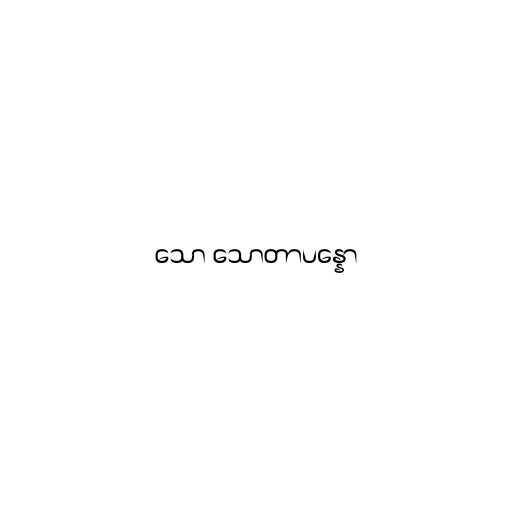
သော သောတာပန္နော